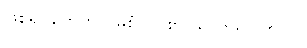
ဖြစ်ရပ်တွေကို ပိုမိုစုံလင်စွာ သိလာရပါတယ်။